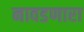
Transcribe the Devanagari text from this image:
नावडणारा